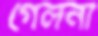
গেলনা